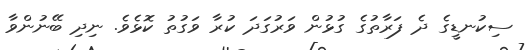
ސިކުނޑީގެ ދެ ފަރާތުގެ ގުޅުން ވަރުގަދަ ކުރާ ވަގުތު ކޮޅެވެ. ނިދި ބޭނުންވާ